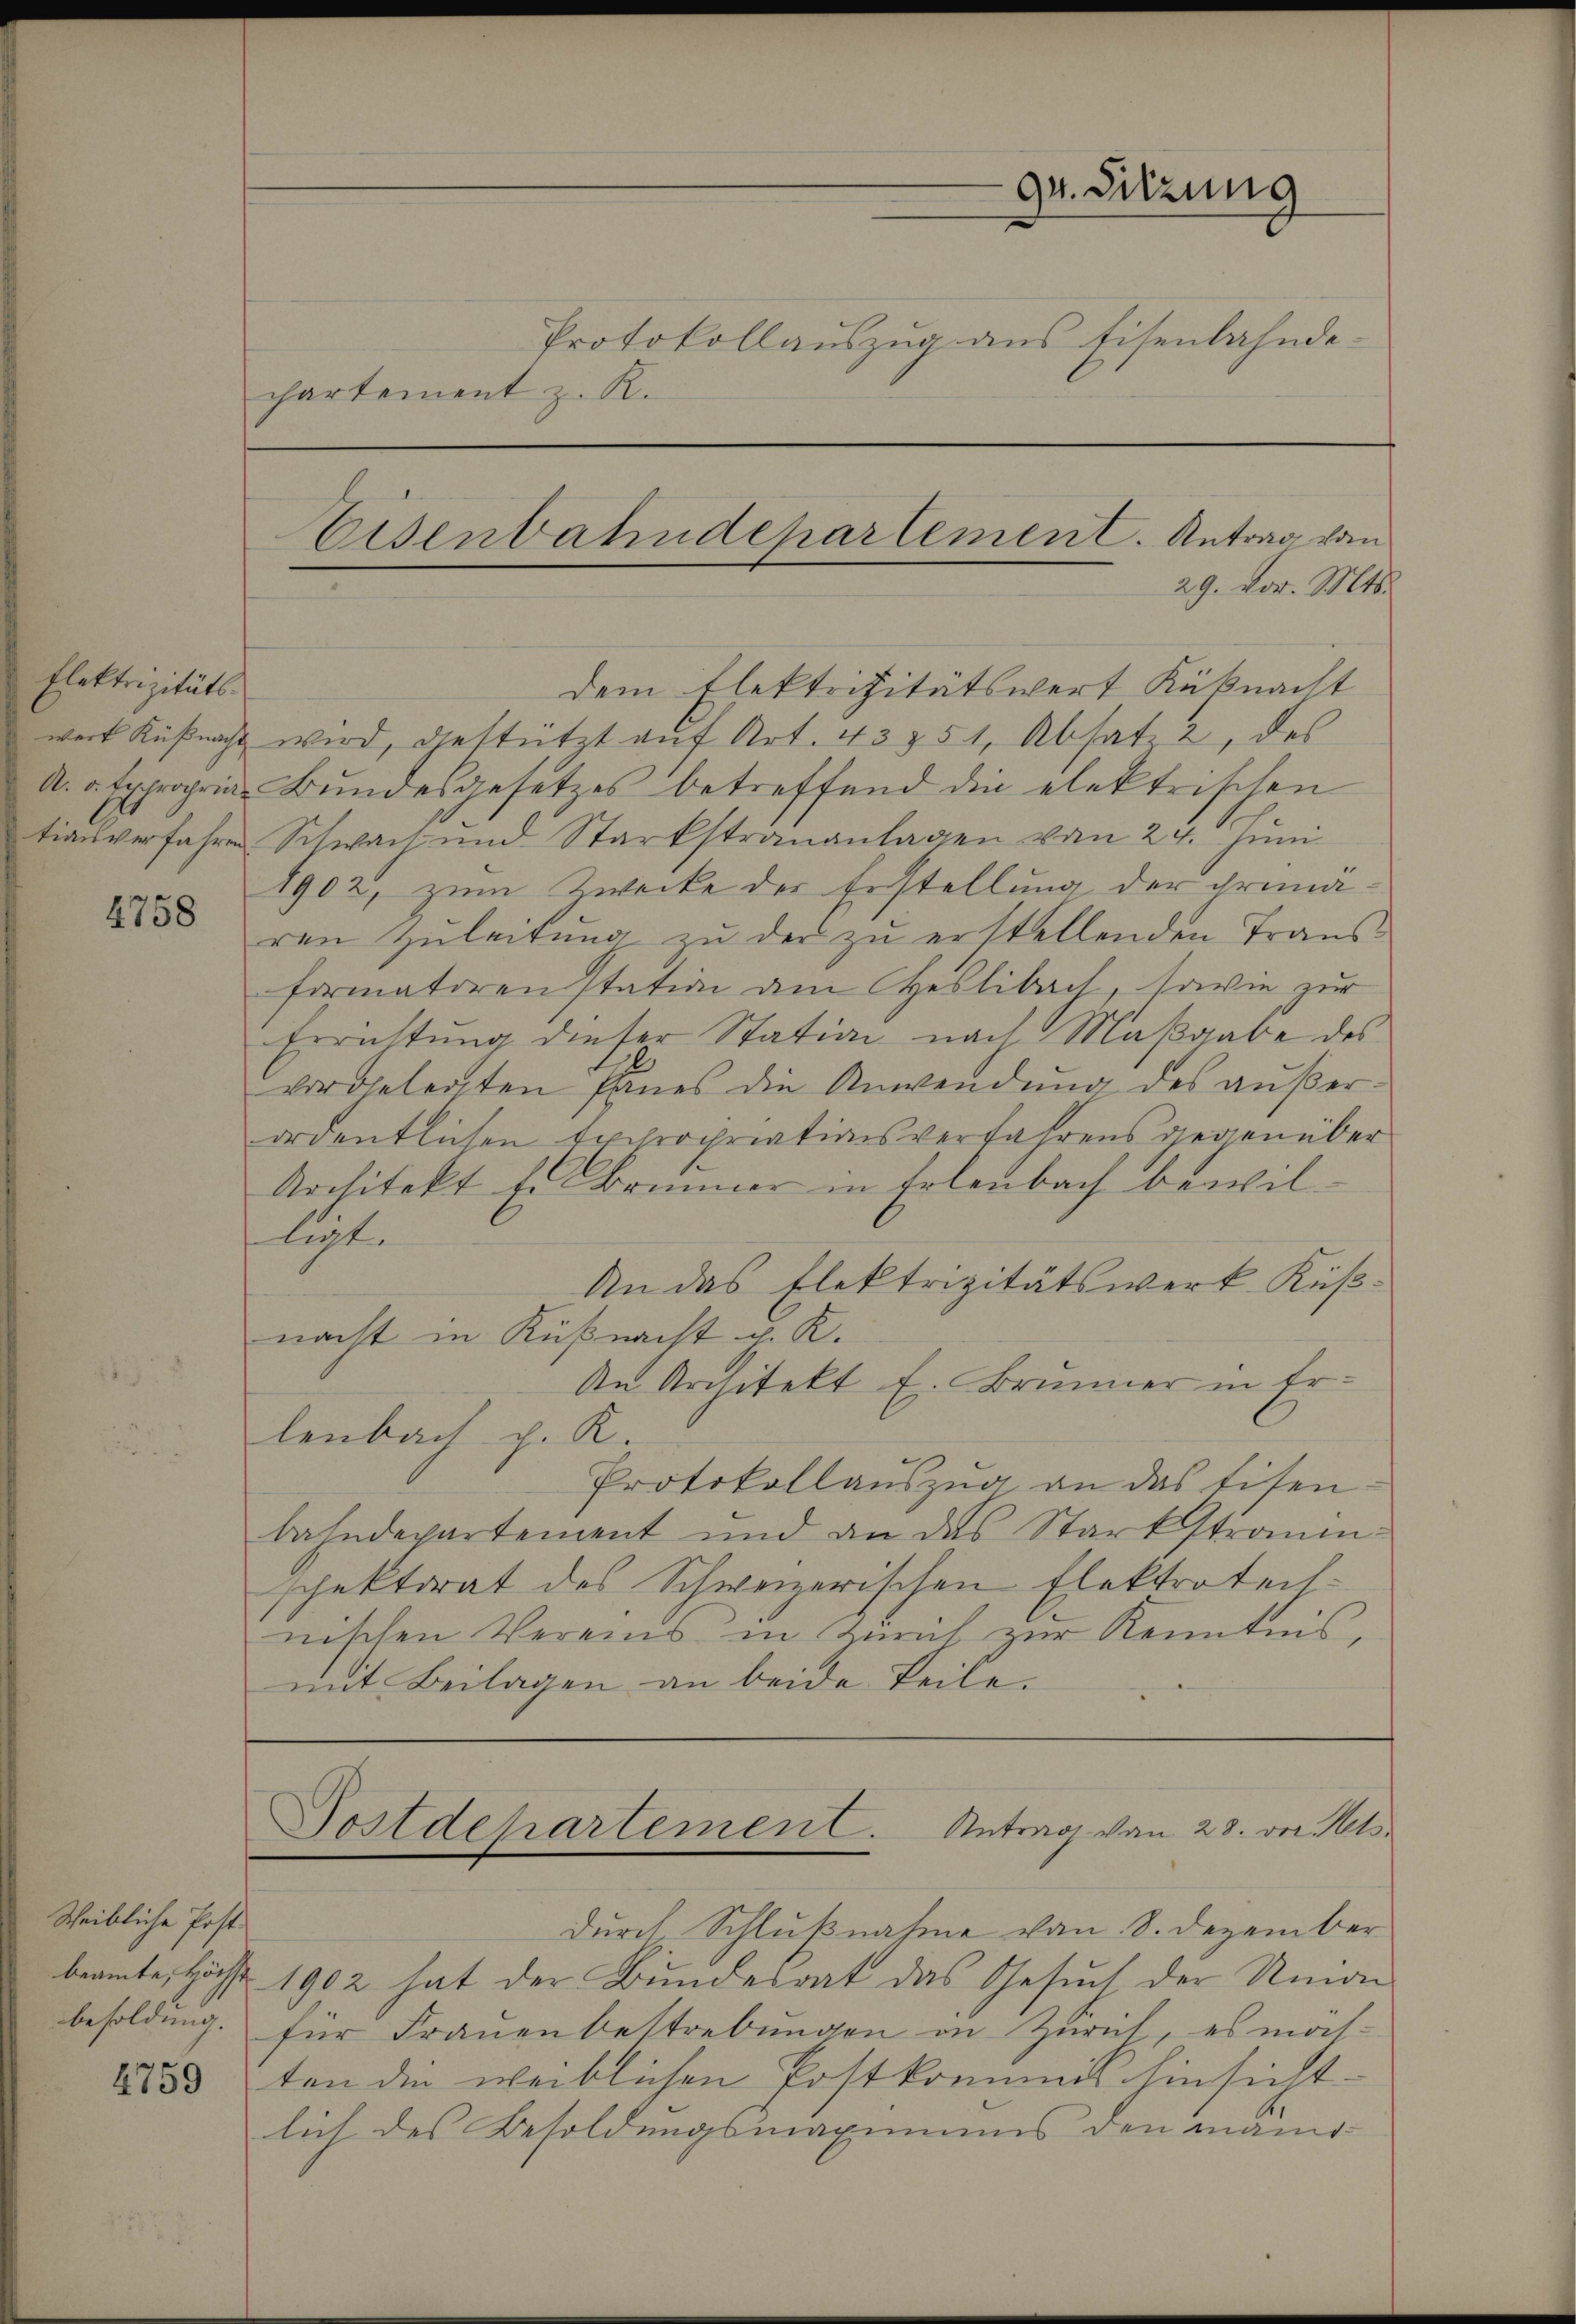
Elektrizitäts-
E

4758

Scheibliche Post
beamte, Höchst
besoldung.

4759

chartement z. R.

dem Elektrizitätswert Küßnacht
weit Küßnacht wird, gestützt auf Art. 433 51, Absatz 2, des
A. a. Exproprian Bundesgesetzes betreffend die elektrischen
tionsverfahren Schwach und Starkstrananlagen von 24. Juni
1902, zum Zwecke der Erstellung der Grundren Zŭleitŭng zŭ der zŭ erstellenden Trans-
formatoren station am Heslibach, sowie zur
Errichtung dieser Station nach Maßgabe des
t
vordetersten Eines die Anwendung des außerordentlichen Expropriationsverfahrens diegenüber
Architekt Er Brunner in Erlenbach bewilligte
An das Elektrizitätswerk Küßnacht in Küßnacht d. R.
An Architekt E. Brunner in Er-
lenbach p. K.
Protokollauszug an das Eisen-
bahndepartement und an das Starkstraumschektorat des Schweizerischen Elektrotechnischen Vereins in Zürich zur Kenntnis,
mit Beilagen an beide Teile.

Eisenbahndepartement. Antrag von
29. vor. Mts.

gr. Sitzung
Protokollauszug aus Eisenbahnde¬

durch Schlußnahme von 8. Dezember
1902 hat der Bundesrat das Gesŭch der Amon
für Frauenbestrebungen in Zürich, es möchten die weiblichen Postkommis hinsicht-
lich des Besoldungsmaximums den manis

Postdepartement. Antrag von 28. vor. Mts.